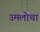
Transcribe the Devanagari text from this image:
उमलोचा